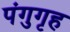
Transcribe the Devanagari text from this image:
पंगुगृह